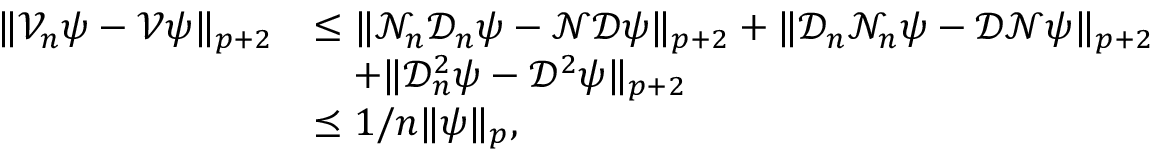
\begin{array} { r l } { \| \mathcal { V } _ { n } \psi - \mathcal { V } \psi \| _ { p + 2 } } & { \leq \| \mathcal { N } _ { n } \mathcal { D } _ { n } \psi - \mathcal { N } \mathcal { D } \psi \| _ { p + 2 } + \| \mathcal { D } _ { n } \mathcal { N } _ { n } \psi - \mathcal { D } \mathcal { N } \psi \| _ { p + 2 } } \\ & { \quad + \| \mathcal { D } _ { n } ^ { 2 } \psi - \mathcal { D } ^ { 2 } \psi \| _ { p + 2 } } \\ & { \preceq 1 / n \| \psi \| _ { p } , } \end{array}